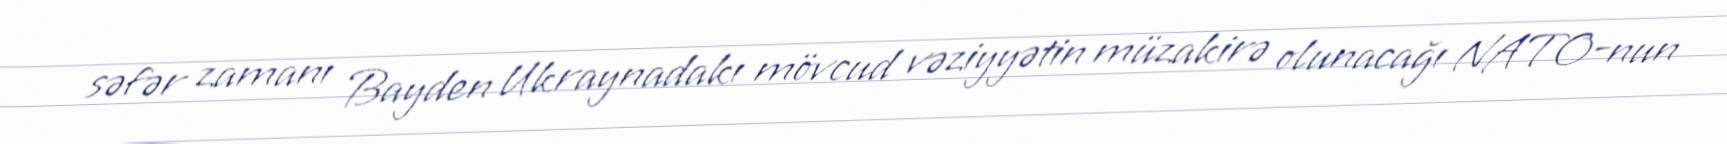
səfər zamanı Bayden Ukraynadakı mövcud vəziyyətin müzakirə olunacağı NATO-nun